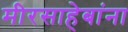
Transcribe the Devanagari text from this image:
मीरसाहेबांना